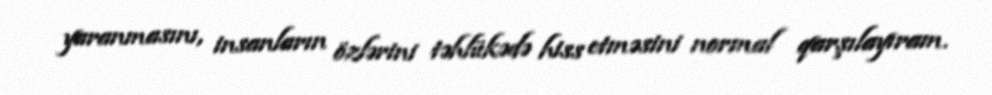
yaranmasını, insanların özlərini təhlükədə hiss etməsini normal qarşılayıram.